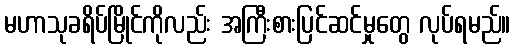
မဟာသုခရိပ်မြိုင်ကိုလည်း အကြီးစားပြင်ဆင်မှုတွေ လုပ်ရမည်။